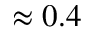
\approx 0 . 4